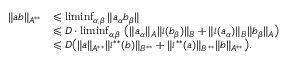
\begin{array} { r l } { \| a b \| _ { A ^ { * * } } } & { \leqslant \operatorname* { l i m i n f } _ { \alpha , \beta } \| a _ { \alpha } b _ { \beta } \| } \\ & { \leqslant D \cdot \operatorname* { l i m i n f } _ { \alpha , \beta } \, \big ( \| a _ { \alpha } \| _ { A } \| i ( b _ { \beta } ) \| _ { B } + \| i ( a _ { \alpha } ) \| _ { B } \| b _ { \beta } \| _ { A } \big ) } \\ & { \leqslant D \big ( \| a \| _ { A ^ { * * } } \| i ^ { * * } ( b ) \| _ { B ^ { * * } } + \| i ^ { * * } ( a ) \| _ { B ^ { * * } } \| b \| _ { A ^ { * * } } \big ) . } \end{array}